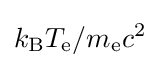
k_{\text{B}}T_{\text{e}}/m_{\text{e}}c^{2}